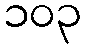
၁၀၃